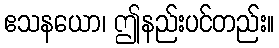
ဧသနယော၊ ဤနည်းပင်တည်း။